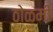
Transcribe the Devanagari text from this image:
ठोळमी